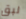
لبق